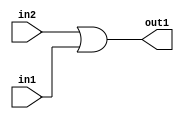
`timescale 1ps / 1ps
/*****************************************************************************
    Verilog RTL Description
    
    
    Created by: Stratus DpOpt 21.05.01 
*******************************************************************************/

module SobelFilter_Or_1Ux1U_1U_4 (
	in2,
	in1,
	out1
	); /* architecture "behavioural" */ 
input  in2,
	in1;
output  out1;
wire  asc001;

assign asc001 = 
	(in2)
	|(in1);

assign out1 = asc001;
endmodule

/* CADENCE  urfyQww= : u9/ySxbfrwZIxEzHVQQV8Q== ** DO NOT EDIT THIS LINE ******/